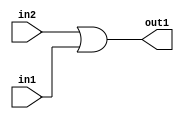
`timescale 1ps / 1ps
/*****************************************************************************
    Verilog RTL Description
    
    
    Created by: Stratus DpOpt 21.05.01 
*******************************************************************************/

module SobelFilter_Or_1Ux1U_1U_4 (
	in2,
	in1,
	out1
	); /* architecture "behavioural" */ 
input  in2,
	in1;
output  out1;
wire  asc001;

assign asc001 = 
	(in2)
	|(in1);

assign out1 = asc001;
endmodule

/* CADENCE  urfyQww= : u9/ySxbfrwZIxEzHVQQV8Q== ** DO NOT EDIT THIS LINE ******/